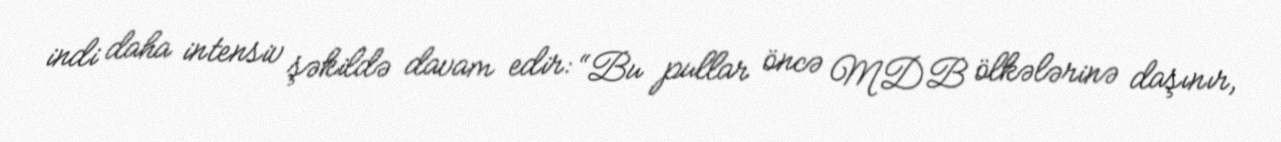
indi daha intensiv şəkildə davam edir: “Bu pullar öncə MDB ölkələrinə daşınır,